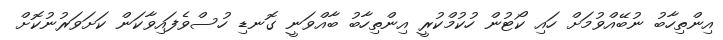
އިންތިހާބު ނުބޭއްވުމަށް ހައި ކޯޓުން ހުކުމްކުރީ އިންތިހާބު ބާއްވަނީ ގޮނޑި ހުސްވެފައިވާކަން ކަށަވަރުނުކޮށް